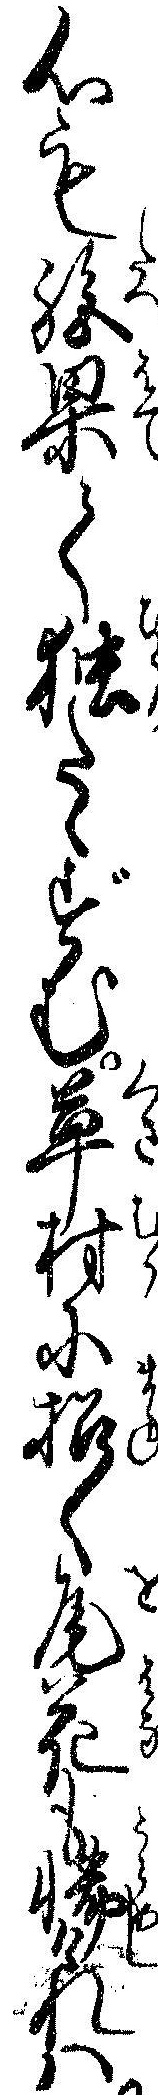
心も絶果て独たゝずむ草村に招く尾花も憾けれハ